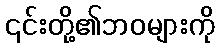
၎င်းတို့၏ဘဝများကို